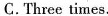
C.Three times.